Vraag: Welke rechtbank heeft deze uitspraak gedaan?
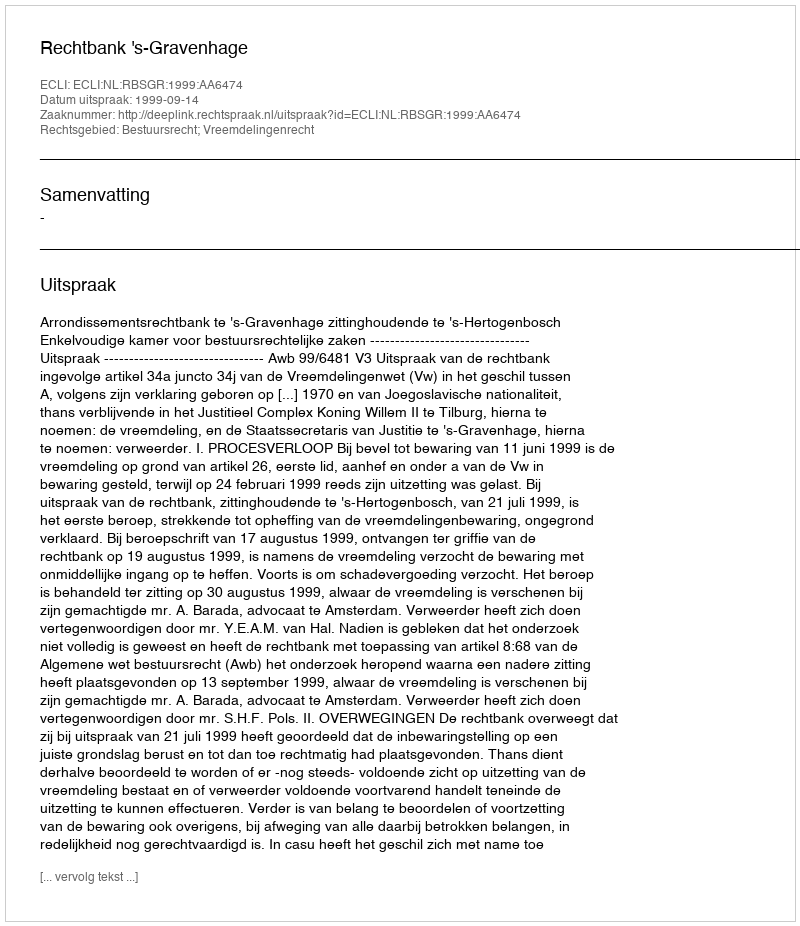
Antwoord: Rechtbank 's-Gravenhage